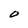
Character: O